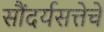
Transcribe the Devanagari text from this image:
सौंदर्यसत्तेचे